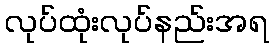
လုပ်ထုံးလုပ်နည်းအရ